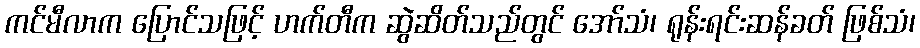
ကင်မီလာက ပြောင်သဖြင့် ဟက်တီက ဆွဲဆိတ်သည်တွင် အော်သံ၊ ရုန်းရင်းဆန်ခတ် ဖြစ်သံ၊